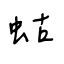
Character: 蛄